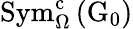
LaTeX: \mathrm{Sym}_{\Omega}^{\mathrm{c}}\left(\mathrm{G}_{0}\right)